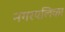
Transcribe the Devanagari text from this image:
नगरपलिका